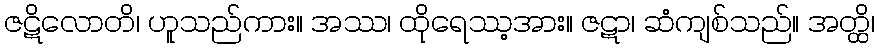
ဇဋိလောတိ၊ ဟူသည်ကား။ အဿ၊ ထိုရေဿ့အား။ ဇဋာ၊ ဆံကျစ်သည်။ အတ္ထိ၊